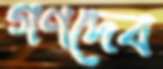
গণদেব